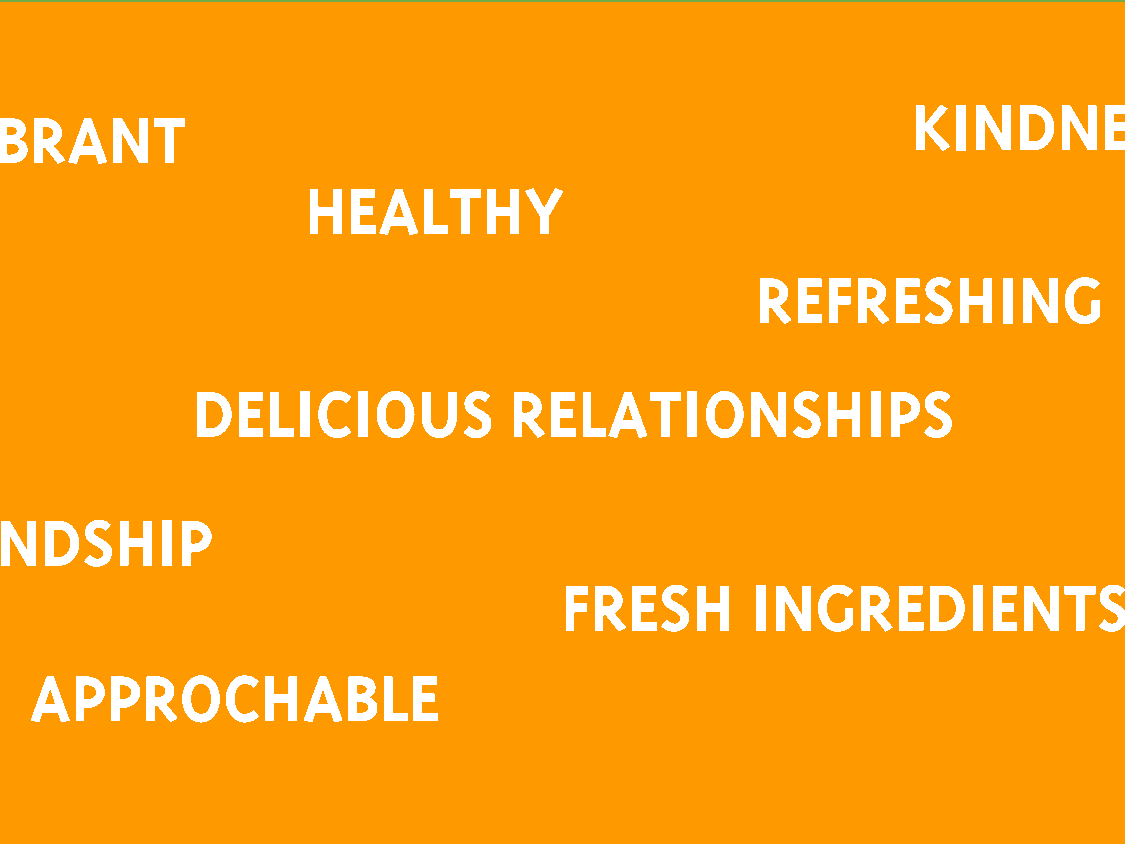
KINDNESS
 VIBRANT
 HEALTHY
 REFRESHING
 DELICIOUS            RELATIONSHIPS
 FRIENDSHIP
 FRESH        INGREDIENTS
 APPROCHABLE